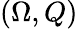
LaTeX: (\Omega,Q)